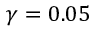
\gamma = 0 . 0 5